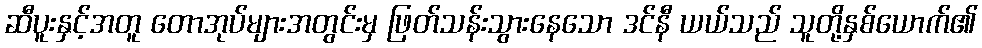
ဆီပူးနှင့်အတူ တောအုပ်များအတွင်းမှ ဖြတ်သန်းသွားနေသော ဒင်နီ ယယ်သည် သူတို့နှစ်ယောက်၏